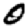
Digit: 0